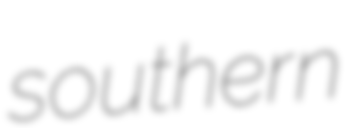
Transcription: southern